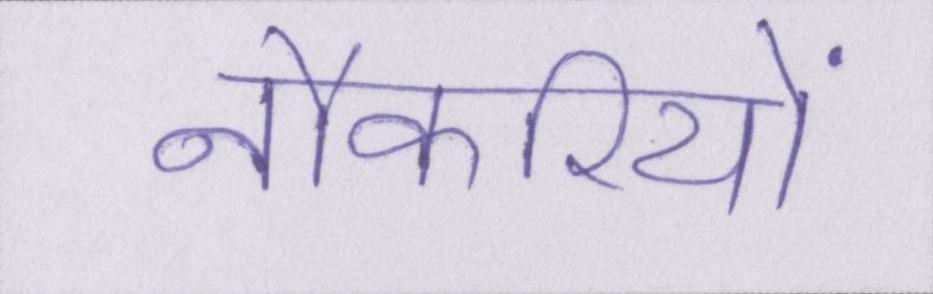
नौकरियों